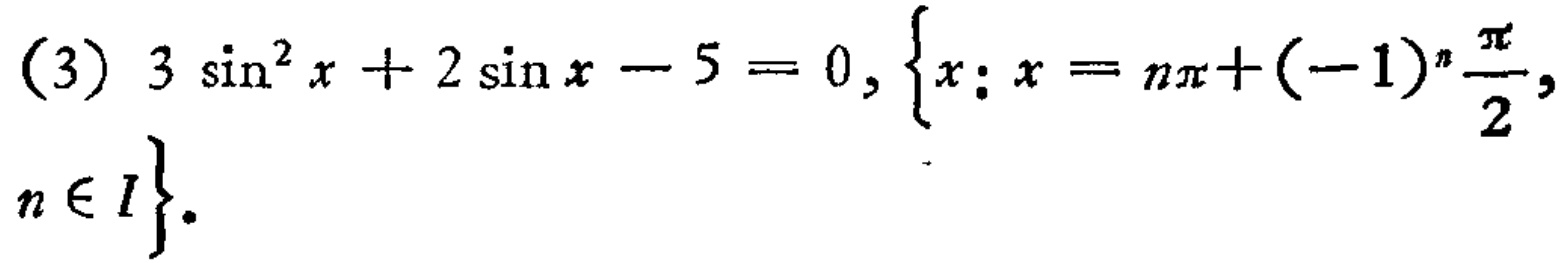
(3) \(3\sin^{2}x + 2\sin x - 5 = 0, \{x: x = n\pi+(-1)^{n}\frac{\pi}{2}, n\in I\}\).